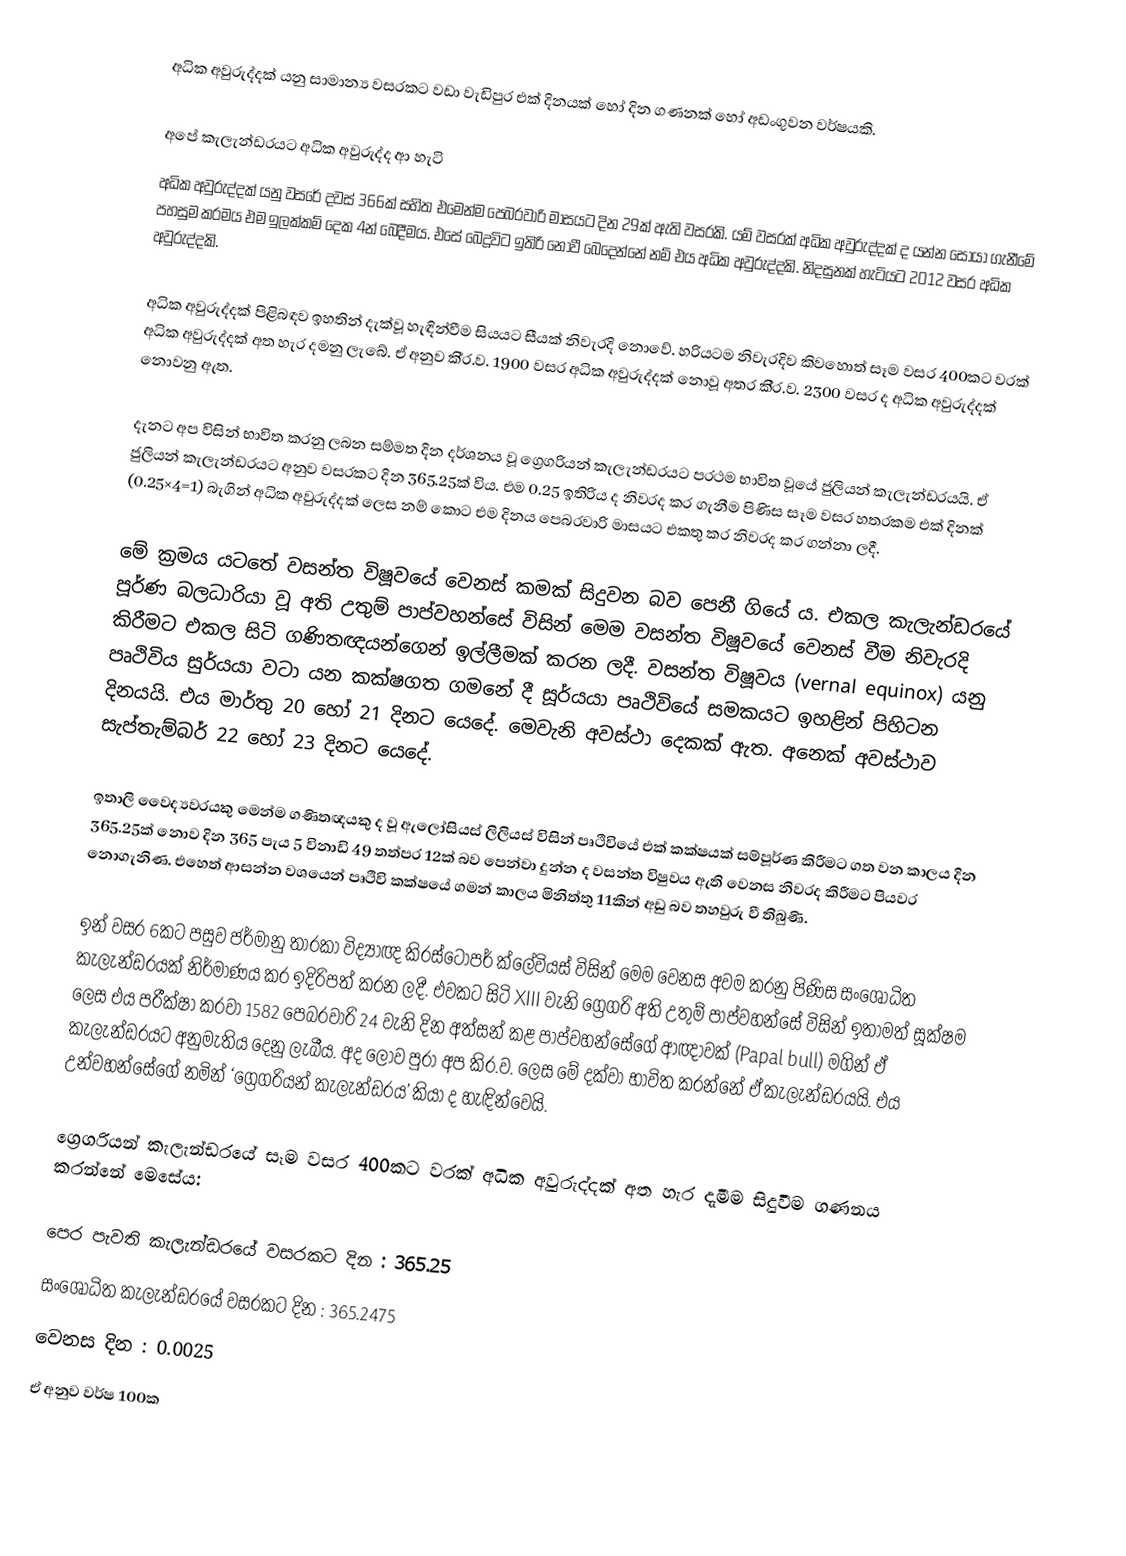
අධික අවුරුද්දක් යනු සාමාන්‍ය වසරකට වඩා වැඩිපුර එක් දිනයක් හෝ දින ගණනක් හෝ අඩංගුවන වර්ෂයකි.

අපේ කැලැන්ඩරයට අධික අවුරුද්ද ආ හැටි
අධික අවුරුද්දක් යනු වසරේ දවස් 366ක් සහිත එමෙන්ම පෙබරවාරි මාසයට දින 29ක් ඇති වසරකි. යම් වසරක් අධික අවුරුද්දක් ද යන්න සොයා ගැනීමේ පහසුම ක‍්‍රමය එම ඉලක්කම් දෙක 4න් බෙදීමය. එසේ බෙදූවිට ඉතිරි නොවී බෙදෙන්නේ නම් එය අධික අවුරුද්දකි. නිදසුනක් හැටියට 2012 වසර අධික අවුරුද්දකි.

අධික අවුරුද්දක් පිළිබඳව ඉහතින් දැක්වූ හැඳින්වීම සියයට සීයක් නිවැරදි නොවේ. හරියටම නිවැරදිව කිවහොත් සෑම වසර 400කට වරක් අධික අවුරුද්දක් අත හැර දමනු ලැබේ. ඒ අනුව කි‍්‍ර.ව. 1900 වසර අධික අවුරුද්දක් නොවූ අතර කි‍්‍ර.ව. 2300 වසර ද අධික අවුරුද්දක් නොවනු ඇත.

දැනට අප විසින් භාවිත කරනු ලබන සම්මත දින දර්ශනය වූ ග්‍රෙගරියන් කැලැන්ඩරයට ප‍්‍රථම භාවිත වූයේ ජුලියන් කැලැන්ඩරයයි. ඒ ජුලියන් කැලැන්ඩරයට අනුව වසරකට දින 365.25ක් විය. එම 0.25 ඉතිරිය ද නිවරද කර ගැනීම පිණිස සෑම වසර හතරකම එක් දිනක් (0.25×4=1) බැගින් අධික අවුරුද්දක් ලෙස නම් කොට එම දිනය පෙබරවාරි මාසයට එකතු කර නිවරද කර ගන්නා ලදී.

මේ ක‍්‍රමය යටතේ වසන්ත විෂූවයේ වෙනස් කමක් සිදුවන බව පෙනී ගියේ ය. එකල කැලැන්ඩරයේ පූර්ණ බලධාරියා වූ අති උතුම් පාප්වහන්සේ විසින් මෙම වසන්ත විෂූවයේ වෙනස් වීම නිවැරදි කිරීමට එකල සිටි ගණිතඥයන්ගෙන් ඉල්ලීමක් කරන ලදී. වසන්ත විෂූවය (vernal equinox) යනු පෘථිවිය සුර්යයා වටා යන කක්ෂගත ගමනේ දී සූර්යයා පෘථිවියේ සමකයට ඉහළින් පිහිටන දිනයයි. එය මාර්තු 20 හෝ 21 දිනට යෙදේ. මෙවැනි අවස්ථා දෙකක් ඇත. අනෙක් අවස්ථාව සැප්තැම්බර් 22 හෝ 23 දිනට යෙදේ.

ඉතාලි වෛද්‍යවරයකු මෙන්ම ගණිතඥයකු ද වූ ඇලෝසියස් ලිලියස් විසින් පෘථිවියේ එක් කක්ෂයක් සම්පූර්ණ කිරීමට ගත වන කාලය දින 365.25ක් නොව දින 365 පැය 5 විනාඩි 49 තත්පර 12ක් බව පෙන්වා දුන්න ද වසන්ත විෂුවය ඇති වෙනස නිවරද කිරීමට පියවර නොගැනිණ. එහෙත් ආසන්න වශයෙන් පෘථිවි කක්ෂයේ ගමන් කාලය මිනිත්තු 11කින් අඩු බව තහවුරු වී තිබුණි.

ඉන් වසර 6කට පසුව ජර්මානු තාරකා විද්‍යාඥ කි‍්‍රස්ටෝපර් ක්ලේවියස් විසින් මෙම වෙනස අවම කරනු පිණිස සංශෝධිත කැලැන්ඩරයක් නිර්මාණය කර ඉදිරිපත් කරන ලදී. එවකට සිටි XIII වැනි ග්‍රෙගරි අති උතුම් පාප්වහන්සේ විසින් ඉතාමත් සූක්ෂම ලෙස එය පරීක්ෂා කරවා 1582 පෙබරවාරි 24 වැනි දින අත්සන් කළ පාප්වහන්සේගේ ආඥාවක් (Papal bull) මගින් ඒ කැලැන්ඩරයට අනුමැතිය දෙනු ලැබීය. අද ලොව පුරා අප කි‍්‍ර.ව. ලෙස මේ දක්වා භාවිත කරන්නේ ඒ කැලැන්ඩරයයි. එය උන්වහන්සේගේ නමින් ‘ග්‍රෙගරියන් කැලැන්ඩරය’ කියා ද හැඳින්වෙයි.

ග්‍රෙගරියන් කැලැන්ඩරයේ සෑම වසර 400කට වරක් අධික අවුරුද්දක් අත හැර දැමීම සිදුවීම ගණනය කරන්නේ මෙසේය:

පෙර පැවති කැලැන්ඩරයේ වසරකට දින : 365.25
සංශෝධිත කැලැන්ඩරයේ වසරකට දින : 365.2475
වෙනස දින : 0.0025
ඒ අනුව වර්ෂ 100ක